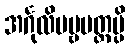
အင်္ဂုလိပဗ္ဗမတ္တမ္ပိ